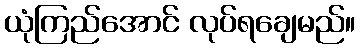
ယုံကြည်အောင် လုပ်ရချေမည်။